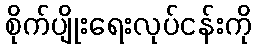
စိုက်ပျိုးရေးလုပ်ငန်းကို